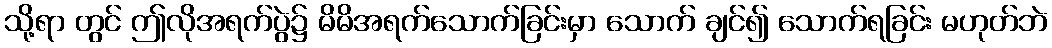
သို့ရာ တွင် ဤလိုအရက်ပွဲ၌ မိမိအရက်သောက်ခြင်းမှာ သောက် ချင်၍ သောက်ရခြင်း မဟုတ်ဘဲ